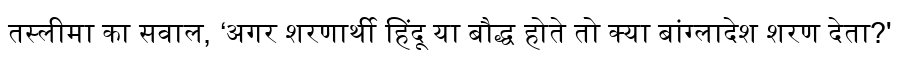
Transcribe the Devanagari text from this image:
तस्लीमा का सवाल, ‘अगर शरणार्थी हिंदू या बौद्ध होते तो क्या बांग्लादेश शरण देता?'